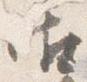
御